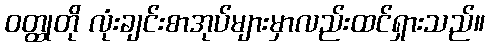
ဝတ္ထုတို လုံးချင်းစာအုပ်များမှာလည်းထင်ရှားသည်။